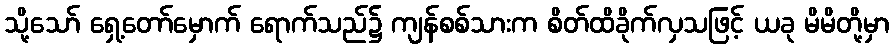
သို့သော် ရှေ့တော်မှောက် ရောက်သည်၌ ကျန်စစ်သားက စိတ်ထိခိုက်လှသဖြင့် ယခု မိမိတို့မှာ